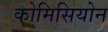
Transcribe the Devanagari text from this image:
कोमिसियोन